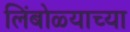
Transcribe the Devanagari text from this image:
लिंबोळ्याच्या